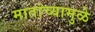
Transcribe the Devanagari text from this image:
मातांच्यामुळे